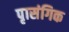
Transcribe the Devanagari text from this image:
पृासंगिक